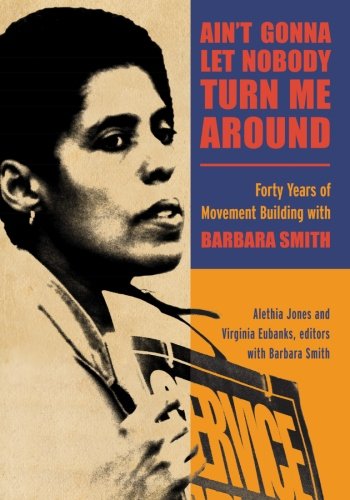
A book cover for Ain't Gonna Let Nobody Turn Me Around: Forty Years of Movement Building with Barbara Smith (SUNY series in New Political Science); Gay & Lesbian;